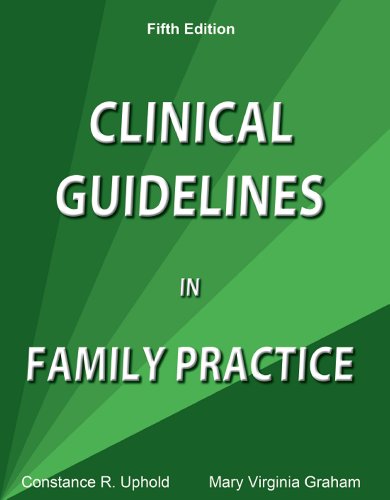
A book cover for Clinical Guidelines in Family Practice; Constance R. Uphold; Medical Books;